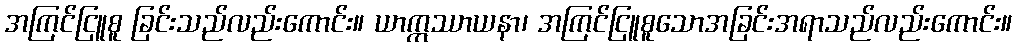
အကြင်ငြူစူ ခြင်းသည်လည်းကောင်း။ ယာဣဿာယနာ၊ အကြင်ငြူစူသောအခြင်းအရာသည်လည်းကောင်း။